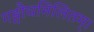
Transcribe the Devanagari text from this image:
गङ्गौघमिलितम्।